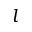
l